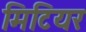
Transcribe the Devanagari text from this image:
मिटियर